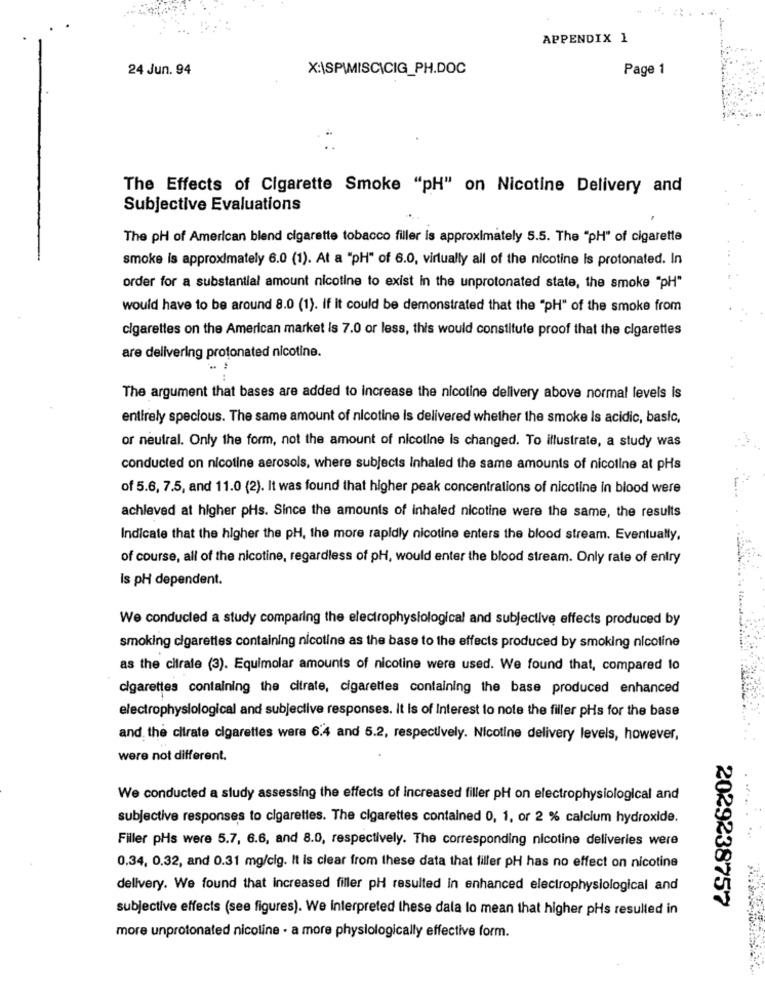
APPENDIX 1
24 Jun. 94
X:\SPWMISCICIG_PH.DOC
Page 1
The Effects of Cigarette Smoke "pH" on Nicotine Delivery and
Subjective Evaluations
The pH of American blend cigarette tobacco filler is approximately 5.5. The "PH" of cigarette
smoke is approximately 6.0 (1). At a "pH" of 6.0, virtually all of the nicotine is protonated. In
order for a substantial amount nicotine to exist in the unprotonated state, the smoke "pH"
would have to be around 8.0 (1). if it could be demonstrated that the "pH" of the smoke from
cigarettes on the American market is 7.0 or less, this would constitute proof that the cigarettes
are delivering protonated nicotine.
The argument that bases are added to increase the nicotine delivery above normal levels is
entirely specious. The same amount of nicotine is delivered whether the smoke Is acidic, basic,
or neutral. Only the form, not the amount of nicotine is changed. To illustrate, a study was
conducted on nicotine aerosols, where subjects inhaled the same amounts of nicoline at pHs
of 5.6, 7.5, and 11.0 (2). It was found that higher peak concentrations of nicotine in blood were
achleved at higher pHs. Since the amounts of inhaled nicotine were the same, the results
Indicate that the higher the pH, the more rapidly nicotine enters the blood stream. Eventually,
of course, all of the nicotine, regardless of pH, would enter the blood stream. Only rate of entry
Is pH dependent.
We conducted a study comparing the electrophysiological and subjective effects produced by
smoking cigarettes containing nicotine as the base to the effects produced by smoking nicotine
as the cifrale (3). Equimolar amounts of nicotine were used. We found that, compared to
cigarettes containing the citrate, cigarettes containing the base produced enhanced
electrophysiological and subjective responses. it Is of Interest to note the filler pHs for the base
and the citrate cigarettes were 6.4 and 5.2, respectively. Nicotine delivery levels, however,
were not different.
We conducted a study assessing the effects of increased filler pH on electrophysiological and
subjective responses to cigarettes. The cigarettes contained 0, 1, or 2 % calcium hydroxide.
Filler pHs were 5.7, 6.6, and 8.0, respectively. The corresponding nicotine deliveries were
0,34, 0.32, and 0.31 mg/cig. It Is clear from these data that filler pH has no effect on nicotine
delivery. We found that increased filler pH resulted in enhanced electrophysiological and
2029238757
subjective effects (see figures). We interpreted these dala lo mean that higher pHs resulted in
more unprotonated nicoline - a more physiologically effective form.